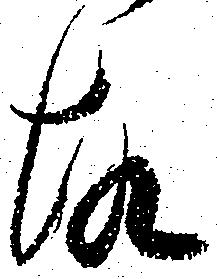
故